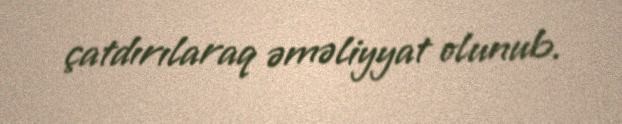
çatdırılaraq əməliyyat olunub.